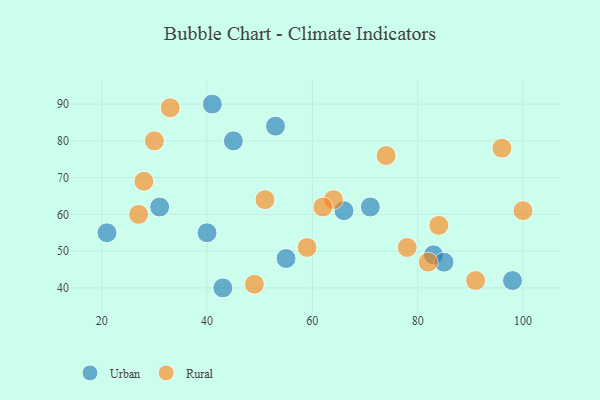
{"axis": {"x": "GDP", "y": "Life Expectancy"}, "legend": ["Rural", "Urban"], "data": [{"x": "40", "y": 55, "type": "Urban"}, {"x": "66", "y": 61, "type": "Urban"}, {"x": "45", "y": 80, "type": "Urban"}, {"x": "55", "y": 48, "type": "Urban"}, {"x": "53", "y": 84, "type": "Urban"}, {"x": "83", "y": 49, "type": "Urban"}, {"x": "98", "y": 42, "type": "Urban"}, {"x": "43", "y": 40, "type": "Urban"}, {"x": "85", "y": 47, "type": "Urban"}, {"x": "71", "y": 62, "type": "Urban"}, {"x": "31", "y": 62, "type": "Urban"}, {"x": "41", "y": 90, "type": "Urban"}, {"x": "21", "y": 55, "type": "Urban"}, {"x": "100", "y": 61, "type": "Rural"}, {"x": "49", "y": 41, "type": "Rural"}, {"x": "27", "y": 60, "type": "Rural"}, {"x": "28", "y": 69, "type": "Rural"}, {"x": "64", "y": 64, "type": "Rural"}, {"x": "33", "y": 89, "type": "Rural"}, {"x": "59", "y": 51, "type": "Rural"}, {"x": "82", "y": 47, "type": "Rural"}, {"x": "62", "y": 62, "type": "Rural"}, {"x": "51", "y": 64, "type": "Rural"}, {"x": "74", "y": 76, "type": "Rural"}, {"x": "78", "y": 51, "type": "Rural"}, {"x": "91", "y": 42, "type": "Rural"}, {"x": "84", "y": 57, "type": "Rural"}, {"x": "96", "y": 78, "type": "Rural"}, {"x": "30", "y": 80, "type": "Rural"}]}